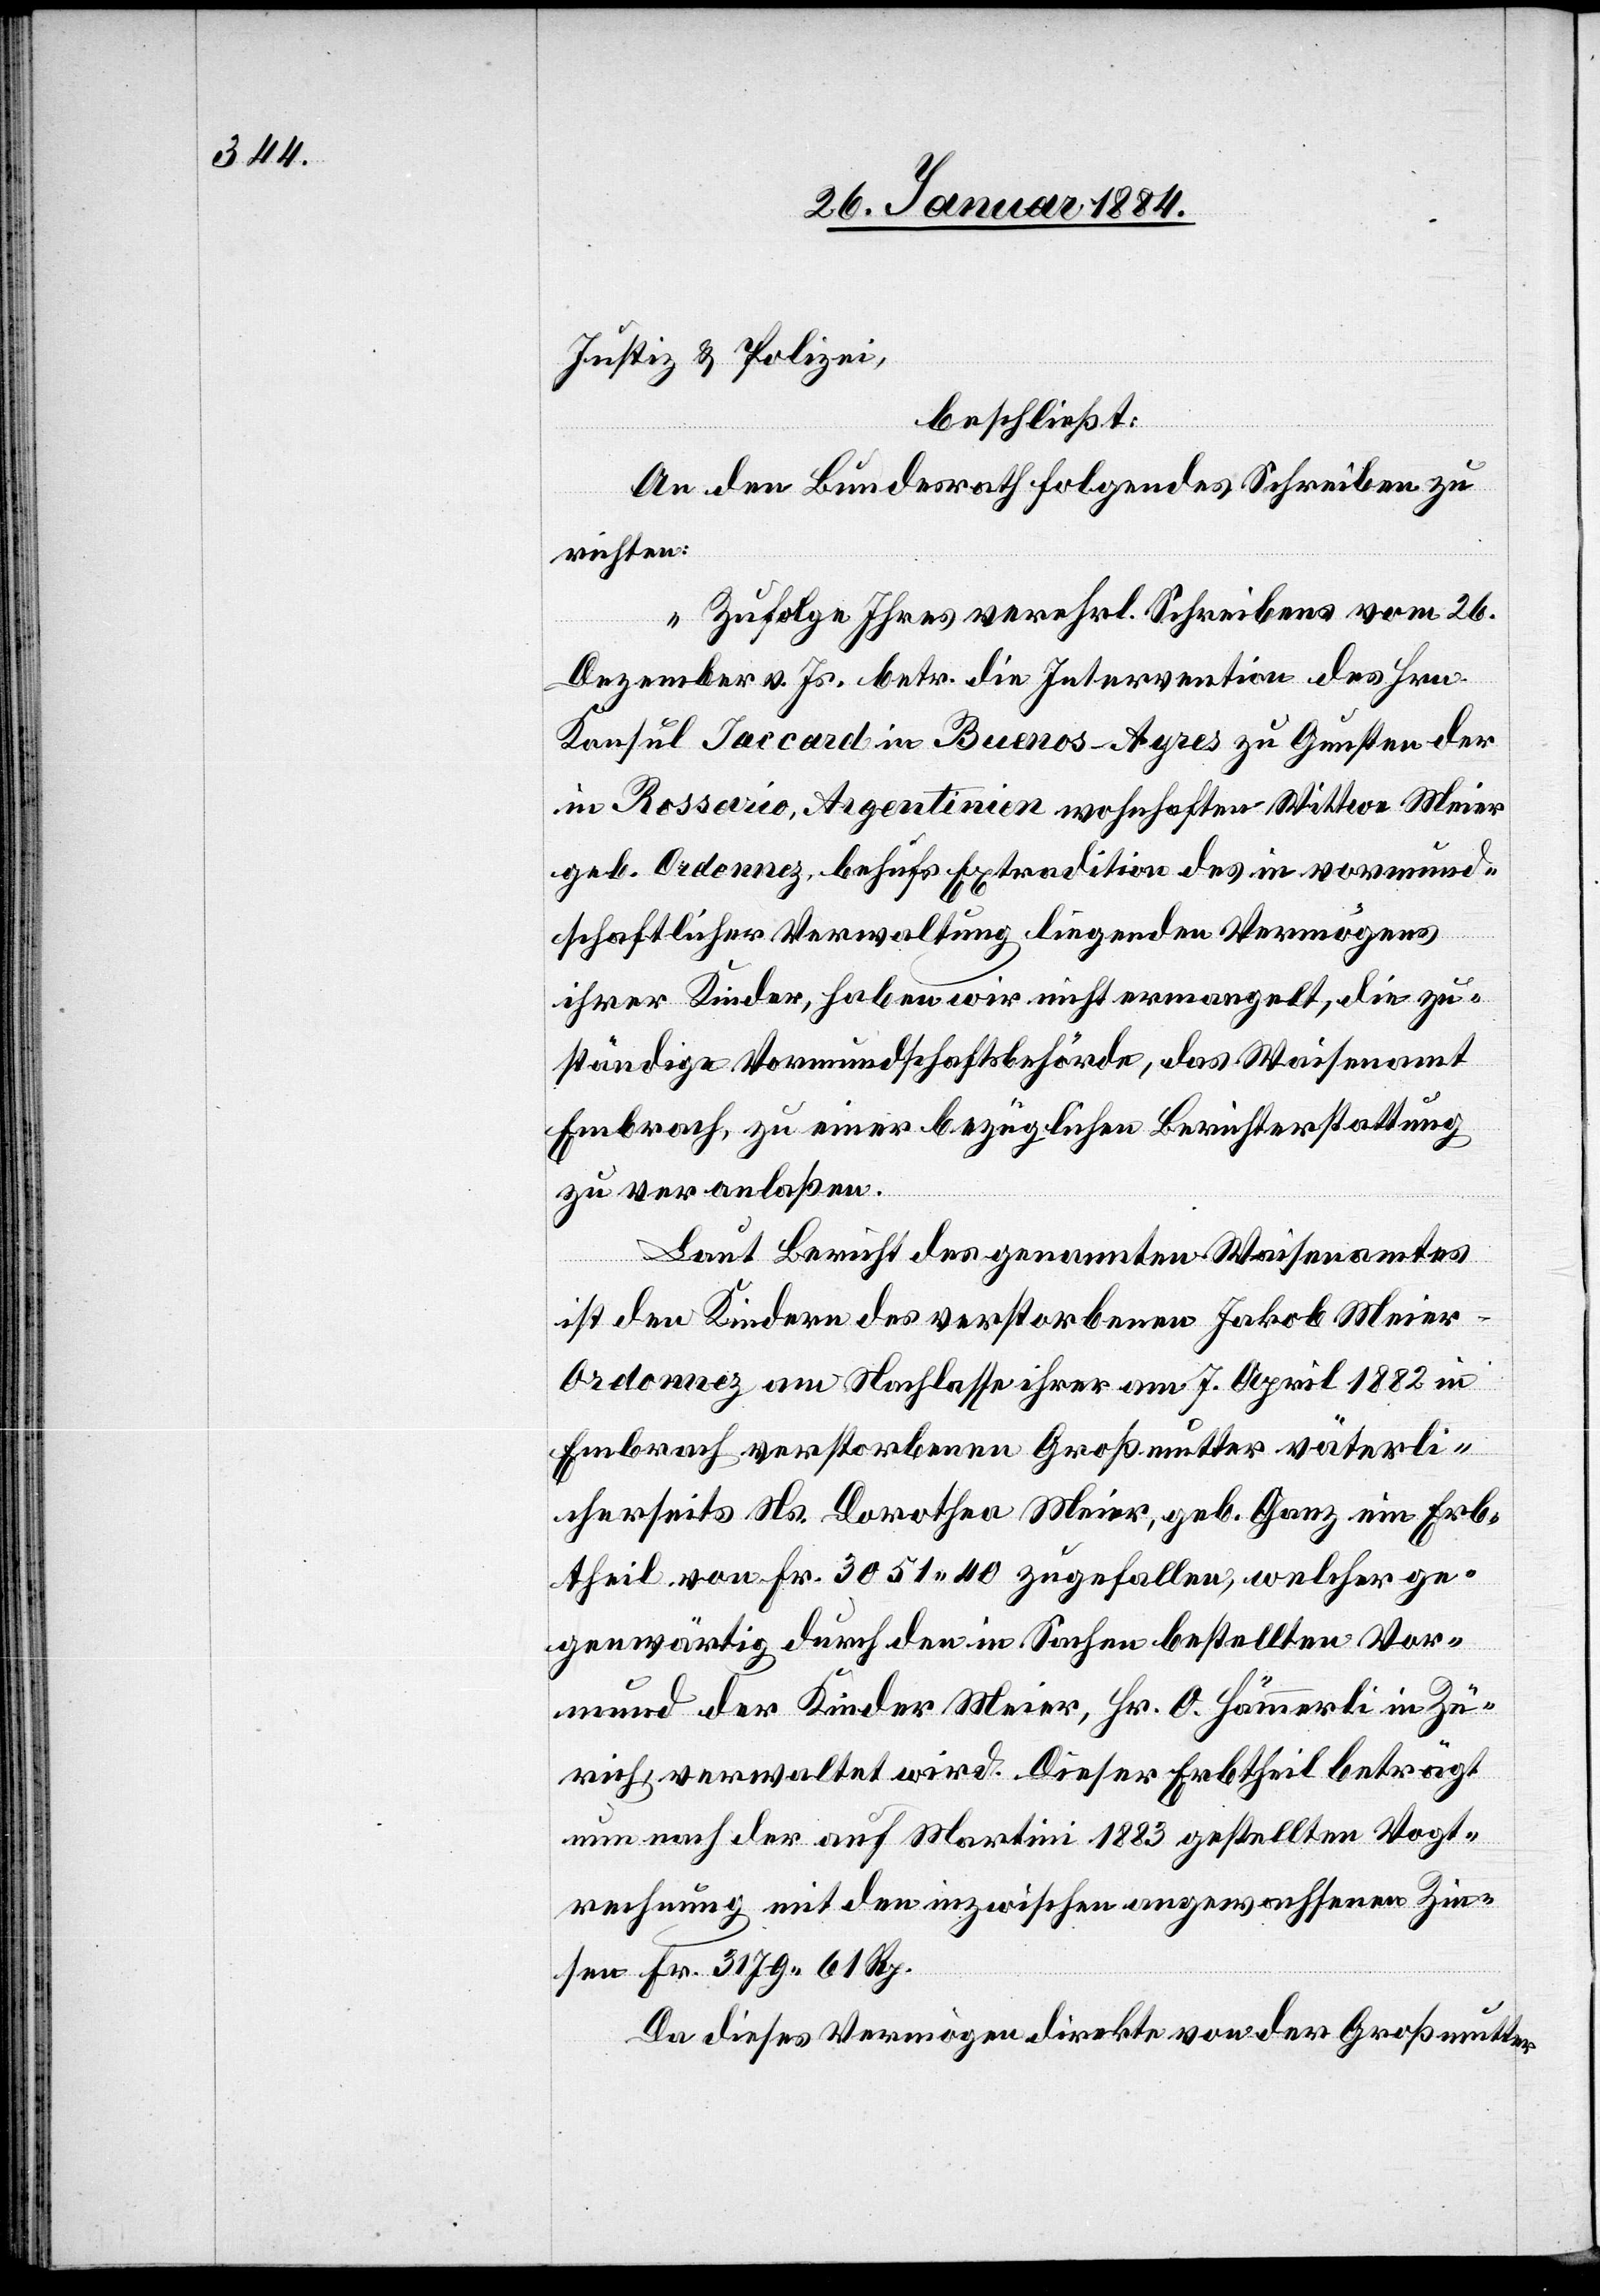
Justiz & Polizei,
beschließt:
An den Bundesrath folgendes Schreiben zu
richten:
„Zufolge Ihres verehrl. Schreibens vom 26.
Dezember v. Js. betr. die Intervention des Hrn.
Konsul Jaccard in Buenos-Ayres zu Gunsten der
in Rossario, Argentinien wohnhaften Wittwe Meier
geb. Ordonnez, behufs Extradition des in vormund¬
schaftlicher Verwaltung liegenden Vermögens
ihrer Kinder, haben wir nicht ermangelt, die zu¬
ständige Vormundschaftsbehörde, das Waisenamt
Embrach, zu einer bezüglichen Berichterstattung
zu veranlaßen.
Laut Bericht des genannten Waisenamtes
ist den Kindern des verstorbenen Jakob Meier-O¬
rdonnez am Nachlasse ihrer am 7. April 1882 in
Embrach verstorbenen Großmutter väterli¬
cherseits Ns. Dorothea Meier, geb. Ganz ein Erb¬
theil von Fr. 3051 40 zugefallen, welcher ge¬
genwärtig durch den in Sachen bestellten Vor¬
mund der Kinder Meier, Hr. O. Hämmerli in Zü¬
rich, verwaltet wird. Dieser Erbtheil beträgt
nun nach der auf Martini 1883 gestellten Vogt¬
rechnung mit den inzwischen angewachsenen Zin¬
sen Fr. 3179 61 Rp.
Da dieses Vermögen direkte von der Großmutter